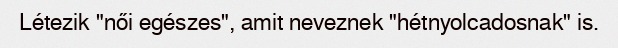
Létezik "női egészes", amit neveznek "hétnyolcadosnak" is.